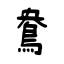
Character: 鴦